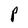
Character: P